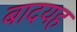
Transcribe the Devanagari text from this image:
बादयह